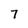
Character: 7